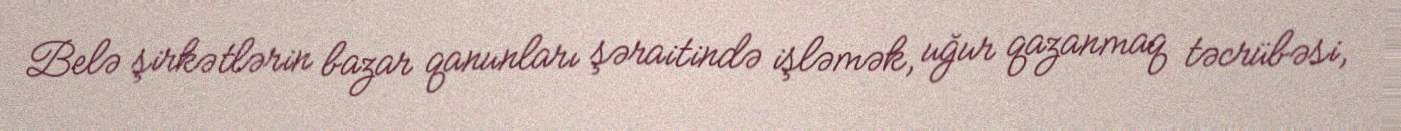
Belə şirkətlərin bazar qanunları şəraitində işləmək, uğur qazanmaq təcrübəsi,